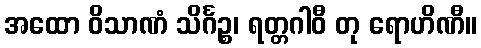
အထော ဝိသာဏံ သိင်္ဂဉ္စ၊ ရတ္တဂါဝီ တု ရောဟိဏီ။